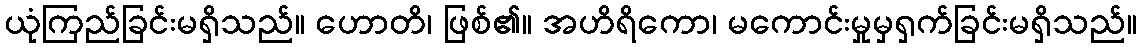
ယုံကြည်ခြင်းမရှိသည်။ ဟောတိ၊ ဖြစ်၏။ အဟိရိကော၊ မကောင်းမှုမှရှက်ခြင်းမရှိသည်။